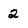
Character: 2